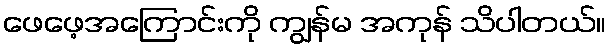
ဖေဖေ့အကြောင်းကို ကျွန်မ အကုန် သိပါတယ်။